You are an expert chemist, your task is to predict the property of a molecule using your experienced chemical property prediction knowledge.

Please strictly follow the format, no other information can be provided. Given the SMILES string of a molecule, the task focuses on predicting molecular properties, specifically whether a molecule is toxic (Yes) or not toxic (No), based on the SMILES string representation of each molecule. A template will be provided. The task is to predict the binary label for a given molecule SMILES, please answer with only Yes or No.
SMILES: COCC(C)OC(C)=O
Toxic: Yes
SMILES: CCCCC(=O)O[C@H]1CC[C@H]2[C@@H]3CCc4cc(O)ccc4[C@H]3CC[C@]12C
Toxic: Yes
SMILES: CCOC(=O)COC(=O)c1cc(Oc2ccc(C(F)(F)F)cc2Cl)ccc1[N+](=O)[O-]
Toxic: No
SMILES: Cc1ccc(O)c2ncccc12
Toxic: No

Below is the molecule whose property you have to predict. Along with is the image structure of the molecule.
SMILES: Nc1ccc(NCCO)c([N+](=O)[O-])c1
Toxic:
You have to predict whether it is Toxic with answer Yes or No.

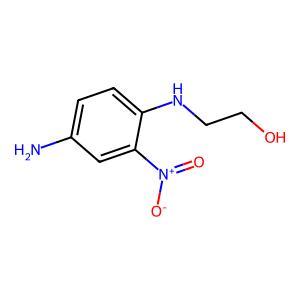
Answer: No